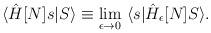
\begin{align*}\langle \hat H[N] s |S \rangle \equiv \lim_{\epsilon\to 0}\ \langle s |\hat H_{\epsilon}[N] S \rangle. \end{align*}